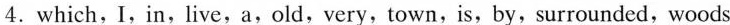
4.which,I,in,live,a,old,very,town,is,by,surrounded,woods